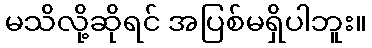
မသိလို့ဆိုရင် အပြစ်မရှိပါဘူး။